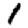
Digit: 1